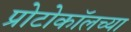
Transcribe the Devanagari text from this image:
प्रोटोकॉलच्या